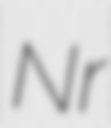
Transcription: Nr